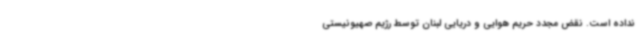
نداده است. نقض‌ مجدد حریم هوایی و دریایی لبنان توسط رژیم صهیونیستی